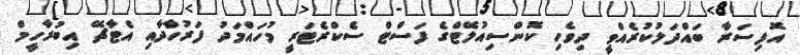
އޮފިސަރާ ބައްދަލުކުރެއްވީ ދިވެހި ކޮންސިއުލޭޓްގެ ފަސްޓް ސެކްރެޓަރީ މުހައްމަދު ފަރުހާދާއި އެޓާޗޭ އިބުރާހީމް